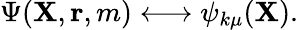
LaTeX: \Psi({\mathbf{X}},{\mathbf{r}},m)\longleftrightarrow\psi_{k\mu}({\mathbf{X}}).